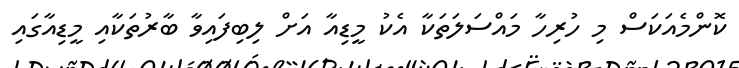
ކޮންމެއަކަސް މި ހުރިހާ މައްސަލަތަކާ އެކު މީޑިއާ އަށް ލިބިފައިވާ ބާރުތަކާއި މީޑިއާގައި